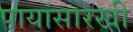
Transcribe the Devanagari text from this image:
पायांसारखी